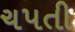
ચપતી